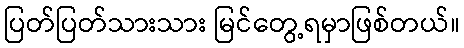
ပြတ်ပြတ်သားသား မြင်တွေ့ရမှာဖြစ်တယ်။